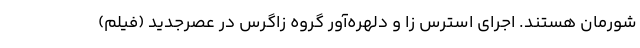
شورمان هستند. اجرای استرس زا و دلهره‌آور گروه زاگرس در عصرجدید (فیلم)